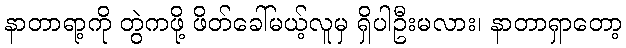
နာတာရာ့ကို တွဲကဖို့ ဖိတ်ခေါ်မယ့်လူမှ ရှိပါဦးမလား၊ နာတာရှာတော့